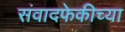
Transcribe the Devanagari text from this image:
संवादफेकीच्या